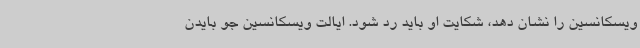
ویسکانسین را نشان دهد، شکایت او باید رد شود. ایالت ویسکانسین جو بایدن